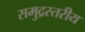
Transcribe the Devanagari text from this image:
समुद्रस्तरीय